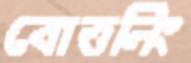
বোত্তলিং